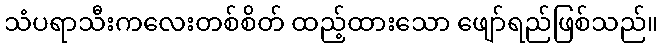
သံပရာသီးကလေးတစ်စိတ် ထည့်ထားသော ဖျော်ရည်ဖြစ်သည်။